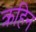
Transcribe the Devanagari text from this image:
क्रहिन